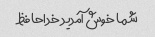
شما خوش آمدید خداحافظ